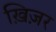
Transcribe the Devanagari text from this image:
ख़िज़र